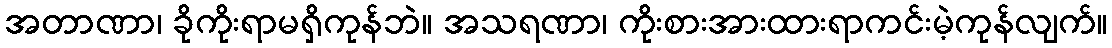
အတာဏာ၊ ခိုကိုးရာမရှိကုန်ဘဲ။ အသရဏာ၊ ကိုးစားအားထားရာကင်းမဲ့ကုန်လျက်။